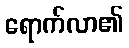
ရောက်လာ၏